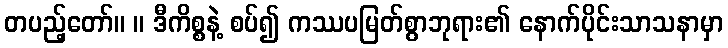
တပည့်တော်။ ။ ဒီကိစ္စနဲ့ စပ်၍ ကဿပမြတ်စွာဘုရား၏ နောက်ပိုင်းသာသနာမှာ